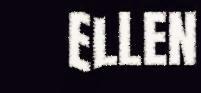
ELLEN